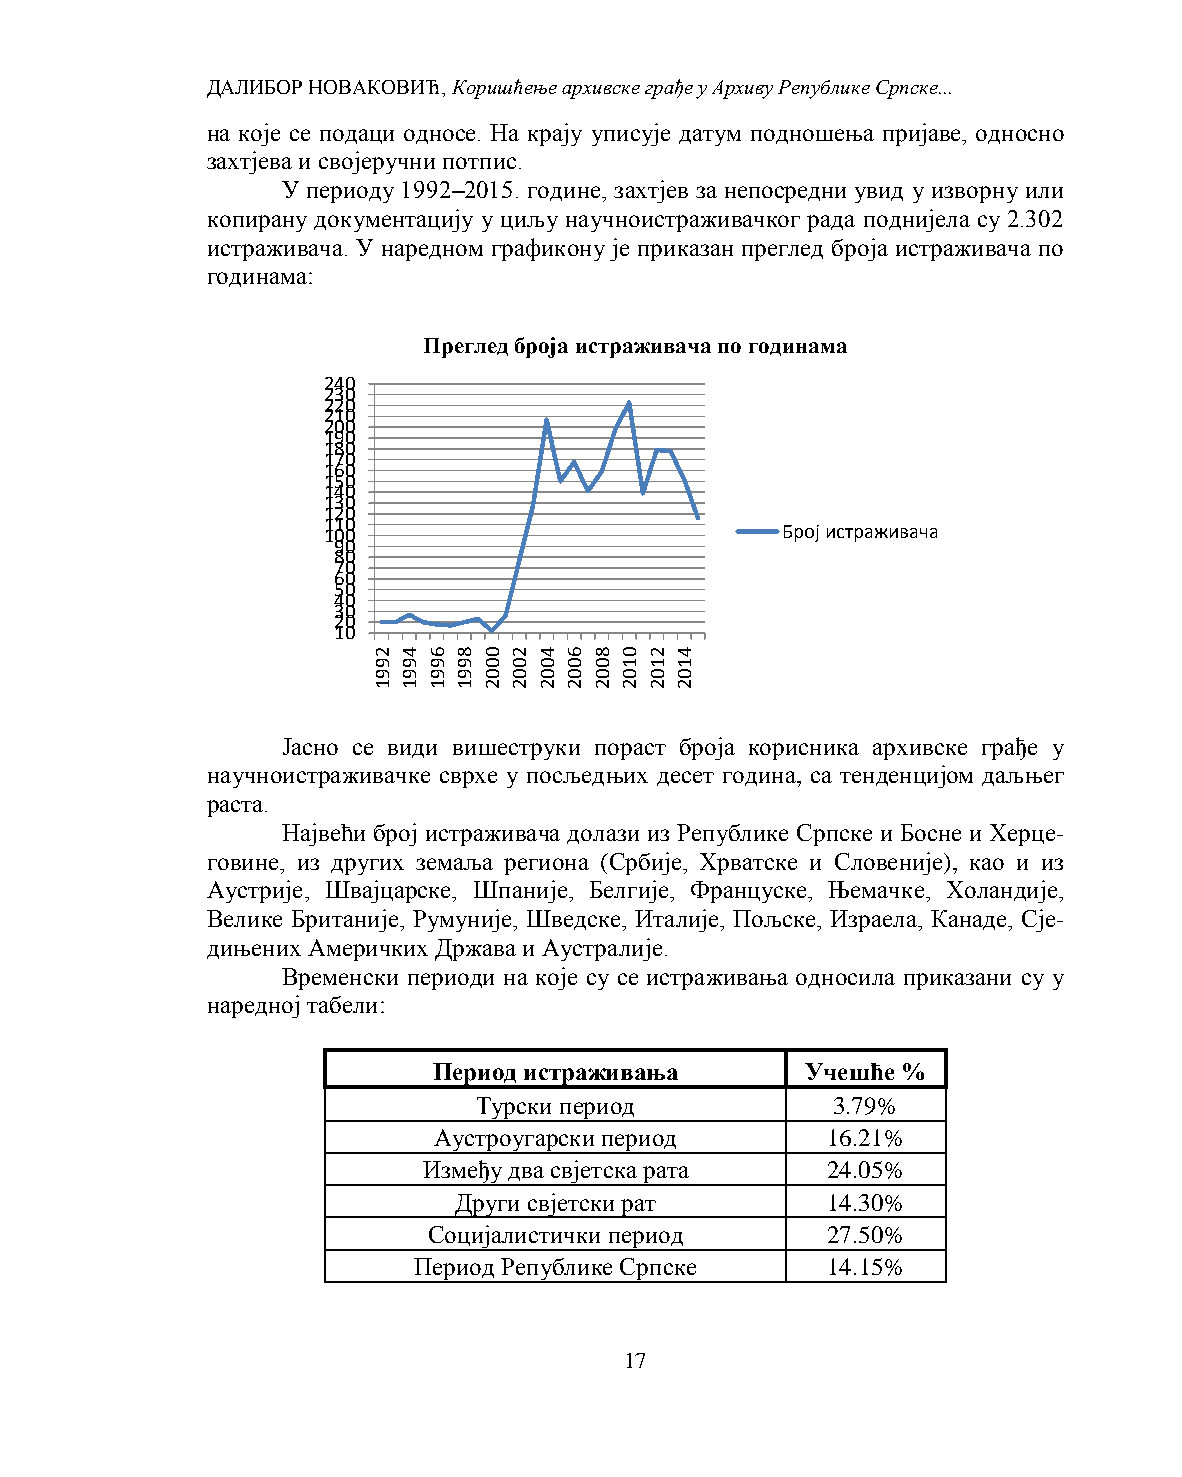
ДАЛИБОР НОВАКОВИЋ, Коришћење архивске грађе у Архиву Републике Српске...
 на које се подаци односе. На крају уписује датум подношења пријаве, односно
 захтјева и својеручни потпис.
 У периоду 1992–2015. године, захтјев за непосредни увид у изворну или
 копирану документацију у циљу научноистраживачког рада поднијела су 2.302
 истраживача. У наредном графикону је приказан преглед броја истраживача по
 годинама:
 Преглед броја истраживача по годинама
 240
 230
 220
 210
 200
 190
 180
 170
 160
 150
 140
 130
 120
 110
 100                            Број истраживача
 90
 80
 70
 60
 50
 40
 30
 20
 10
 2 4 6 8 0 2 4 6 8 0 2 4
 9 9 9 9 0 0 0 0 0 1 1 1
 9 9 9 9 0 0 0 0 0 0 0 0
 1 1 1 1 2 2 2 2 2 2 2 2
 Јасно се види вишеструки пораст броја корисника архивске грађе у
 научноистраживачке сврхе у посљедњих десет година, са тенденцијом даљњег
 раста.
 Највећи број истраживача долази из Републике Српске и Босне и Херце-
 говине, из других земаља региона (Србије, Хрватске и Словеније), као и из
 Аустрије, Швајцарске, Шпаније, Белгије, Француске, Њемачке, Холандије,
 Велике Британије, Румуније, Шведске, Италије, Пољске, Израела, Канаде, Сје-
 дињених Америчких Држава и Аустралије.
 Временски периоди на које су се истраживања односила приказани су у
 наредној табели:
 Период истраживања      Учешће %
 Турски период          3.79%
 Аустроугарски период      16.21%
 Између два свјетска рата   24.05%
 Други свјетски рат       14.30%
 Социјалистички период      27.50%
 Период Републике Српске     14.15%
 17